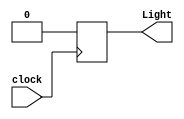
module FSM_counter(clock,Light);
	input clock;
	output Light;
	
	parameter[2:0] S0=3'b000;
	parameter[2:0] S1=3'b001;
	parameter[2:0] S2=3'b010;
	parameter[2:0] S3=3'b011;
	parameter[2:0] S4=3'b100;
	parameter light_ON=1'b1;
	parameter light_OFF=1'b0;
	
	reg[2:0] state_C;
	reg[2:0] state_N;
	reg out;
	
	initial begin 
		state_C=S0;
	end
	
	always @(posedge clock) begin
		if (state_C==S0)	begin
			state_N=S1;
			out<=light_OFF;
		end
		else if (state_C==S1) begin
			state_N=S2;
			out<=light_OFF;
		end
		else if (state_C==S2) begin
			state_N=S3;
			out<=light_OFF;
		end
		else if (state_C==S3) begin
			state_N=S4;
			out<=light_OFF;
		end
		else if (state_C==S4) begin
			state_N=S0;
			out<=light_ON;
		end
	end 
	
	assign Light = out;
endmodule